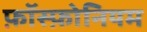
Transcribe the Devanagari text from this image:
फ़ॉस्फ़ोनियम